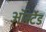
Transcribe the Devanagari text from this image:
ऑर्स्टेड